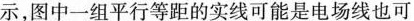
示，图中一组平行等距的实线坑你是电场线也可